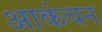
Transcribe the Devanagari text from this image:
आकंचन